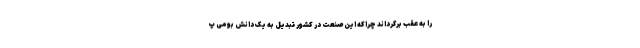
را به عقب برگرداند چراکه این صنعت در کشور تبدیل به یک دانش بومی پ